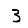
Digit: 3